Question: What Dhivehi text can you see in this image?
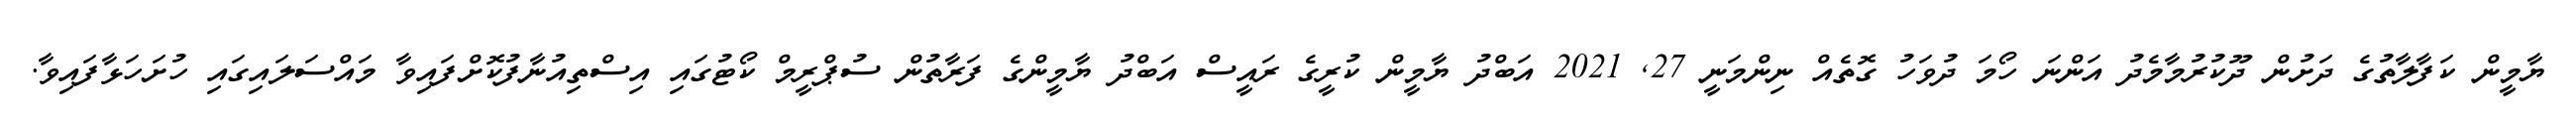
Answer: ޔާމީން ކަފާލާތުގެ ދަށުން ދޫކުރުމާމެދު އަންނަ ހޯމަ ދުވަހު ގޮތެއް ނިންމަނީ 27, 2021 އަބްދު ޔާމީން ކުރީގެ ރައީސް އަބްދު ޔާމީންގެ ފަރާތުން ސުޕްރީމް ކޯޓުގައި އިސްތިއުނާފުކޮށްފައިވާ މައްސަލައިގައި ހުށަހަޅާފައިވާ.